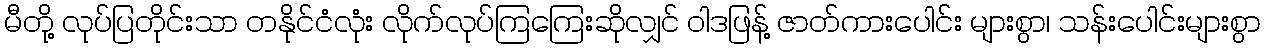
မီတို့ လုပ်ပြတိုင်းသာ တနိုင်ငံလုံး လိုက်လုပ်ကြကြေးဆိုလျှင် ဝါဒဖြန့် ဇာတ်ကားပေါင်း များစွာ၊ သန်းပေါင်းများစွာ